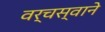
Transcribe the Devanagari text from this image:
वर्चस्वाने